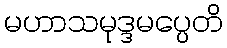
မဟာသမုဒ္ဒမပ္ပေတိ